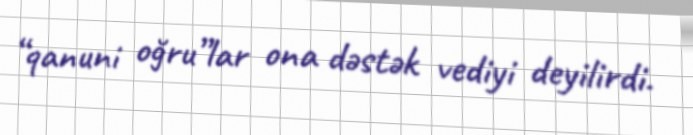
“qanuni oğru”lar ona dəstək vediyi deyilirdi.